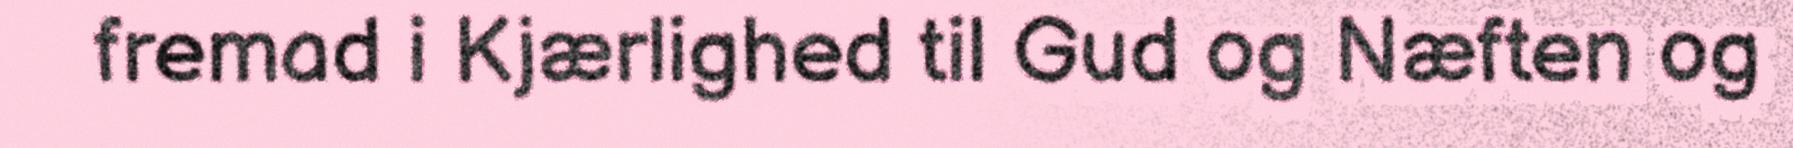
fremad i Kjærlighed til Gud og Næften og